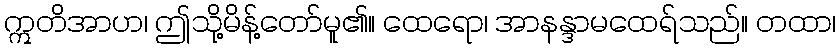
ဣတိအာဟ၊ ဤသို့မိန့်တော်မူ၏။ ထေရော၊ အာနန္ဒာမထေရ်သည်။ တထာ၊